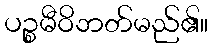
ပဉ္စမီဝိဘတ်မည်၏။